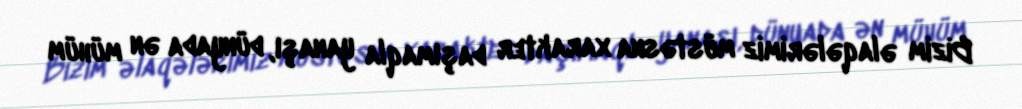
Bizim əlaqələrimiz müstəsna xarakter daşımaqla yanaşı, dünyada ən mühüm